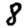
Digit: 8